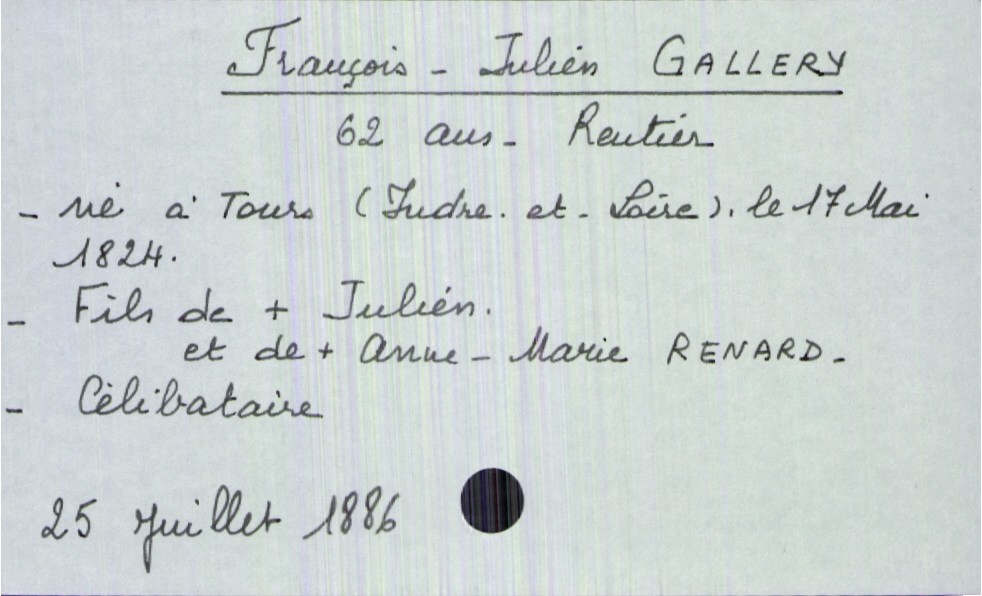
type_acte: Décès
année: 1886
mois: juillet
jour: 25
défunt_nom: Gallery
défunt_prénom: François-Julien
défunt_sexe: H
défunt_âge: 62 ans
défunt_date_de_naissance: 17 mai 1824
défunt_lieu_de_naissance: Tours (Indre-et-Loire)
défunt_statut: célibataire
père_défunt_nom: Gallery
père_défunt_prénom: Julien
père_défunt_statut: décédé
mère_défunt_nom: Renard
mère_défunt_prénom: Anne-Marie